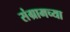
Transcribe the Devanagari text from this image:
संग्रामच्या